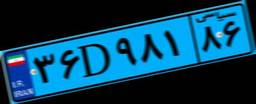
۳۶D۹۸۱۸۶